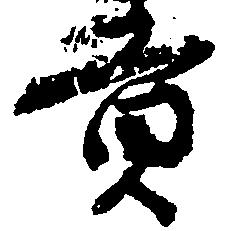
貢